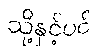
သို့နှင့်ပင်